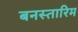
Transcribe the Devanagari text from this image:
बनस्तारिम